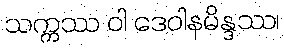
သက္ကဿ ဝါ ဒေဝါနမိန္ဒဿ၊